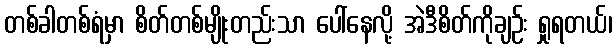
တစ်ခါတစ်ရံမှာ စိတ်တစ်မျိုးတည်းသာ ပေါ်နေလို့ အဲဒီစိတ်ကိုချဉ်း ရှုရတယ်၊